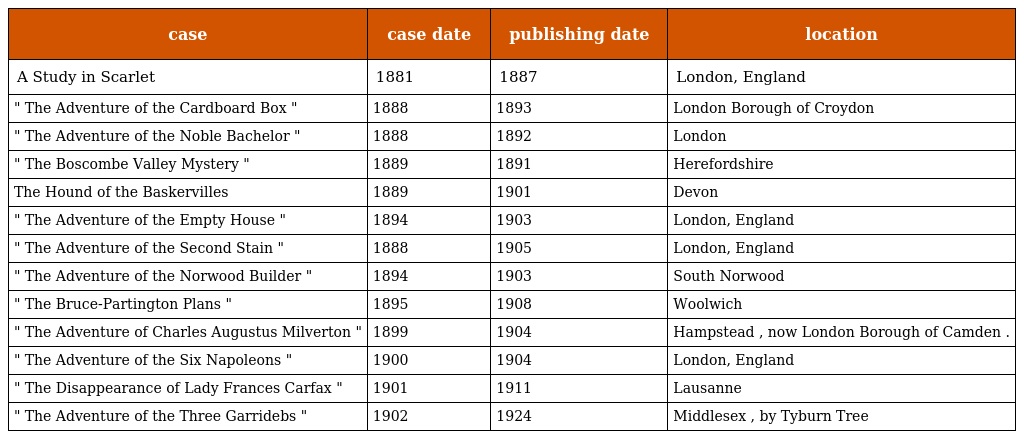
| case | case date | publishing date | location |
 | --- | --- | --- | --- |
 | A Study in Scarlet | 1881 | 1887 | London, England |
 | " The Adventure of the Cardboard Box " | 1888 | 1893 | London Borough of Croydon |
 | " The Adventure of the Noble Bachelor " | 1888 | 1892 | London |
 | " The Boscombe Valley Mystery " | 1889 | 1891 | Herefordshire |
 | The Hound of the Baskervilles | 1889 | 1901 | Devon |
 | " The Adventure of the Empty House " | 1894 | 1903 | London, England |
 | " The Adventure of the Second Stain " | 1888 | 1905 | London, England |
 | " The Adventure of the Norwood Builder " | 1894 | 1903 | South Norwood |
 | " The Bruce-Partington Plans " | 1895 | 1908 | Woolwich |
 | " The Adventure of Charles Augustus Milverton " | 1899 | 1904 | Hampstead , now London Borough of Camden . |
 | " The Adventure of the Six Napoleons " | 1900 | 1904 | London, England |
 | " The Disappearance of Lady Frances Carfax " | 1901 | 1911 | Lausanne |
 | " The Adventure of the Three Garridebs " | 1902 | 1924 | Middlesex , by Tyburn Tree |